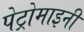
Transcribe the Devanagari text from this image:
पेट्रोमाइनी